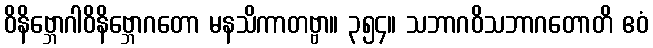
ဝိနိဗ္ဘောဂါဝိနိဗ္ဘောဂတော မနသိကာတဗ္ဗာ။ ၃၅၄။ သဘာဂဝိသဘာဂတောတိ ဧဝံ